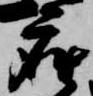
座